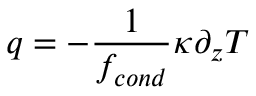
q = - \frac { 1 } { f _ { c o n d } } \kappa \partial _ { z } T